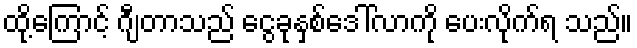
ထို့ကြောင့် ဂျီတာသည် ငွေခုနှစ်ဒေါ်လာကို ပေးလိုက်ရ သည်။